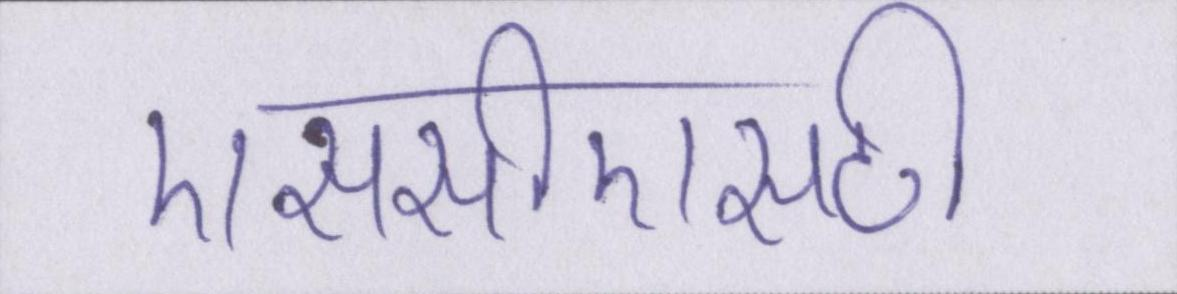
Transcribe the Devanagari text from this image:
एससीएसटी